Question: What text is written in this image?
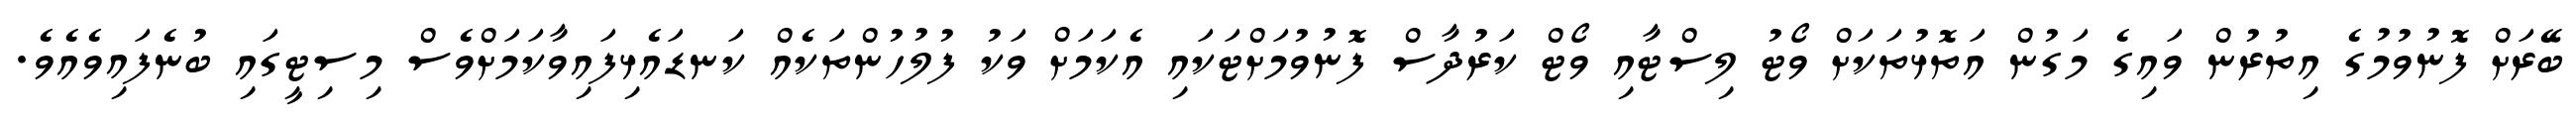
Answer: ބޭރަށް ފޮނުވުމުގެ އިތުރުން ވައިގެ މަގުން އަތޮޅުތަކަށް ވޯޓު ލިސްޓާއި ވޯޓް ކަރުދާސް ފޮނުވުމަށްޓަކައި އެކަމަށް ވަކު ފުލުހުންތަކެއް ކަނޑައެޅިފައިވާކަމަށްވެސް މިސިޓީގައި ބުނެފައިވެއެވެ.